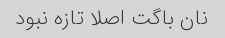
نان باگت اصلا تازه نبود